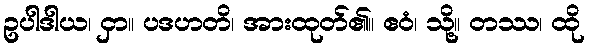
ဥပါဒါယ၊ ငှာ။ ပဒဟတိ၊ အားထုတ်၏။ ဧဝံ၊ သို့။ တဿ၊ ထို